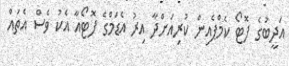
އަދީބުގެ ފޮޓޯ ކެމްޕެއިން ކުރިއަށްދާ އިރު އެޑަމްގެ ފޮޓޯއާ އެކު ވެސް އެތައް